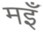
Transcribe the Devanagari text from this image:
मइँ